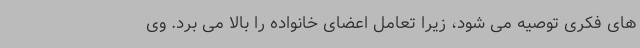
های فکری توصیه می شود، زیرا تعامل اعضای خانواده را بالا می برد. وی